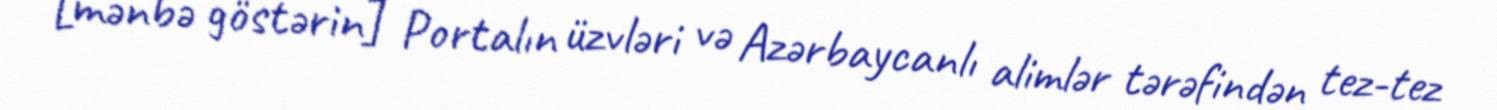
[mənbə göstərin] Portalın üzvləri və Azərbaycanlı alimlər tərəfindən tez-tez